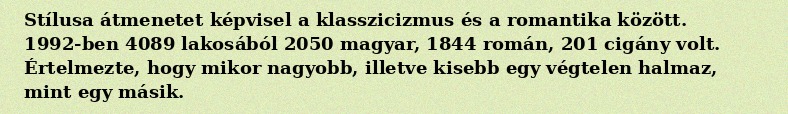
Stílusa átmenetet képvisel a klasszicizmus és a romantika között. 1992-ben 4089 lakosából 2050 magyar, 1844 román, 201 cigány volt. Értelmezte, hogy mikor nagyobb, illetve kisebb egy végtelen halmaz, mint egy másik.